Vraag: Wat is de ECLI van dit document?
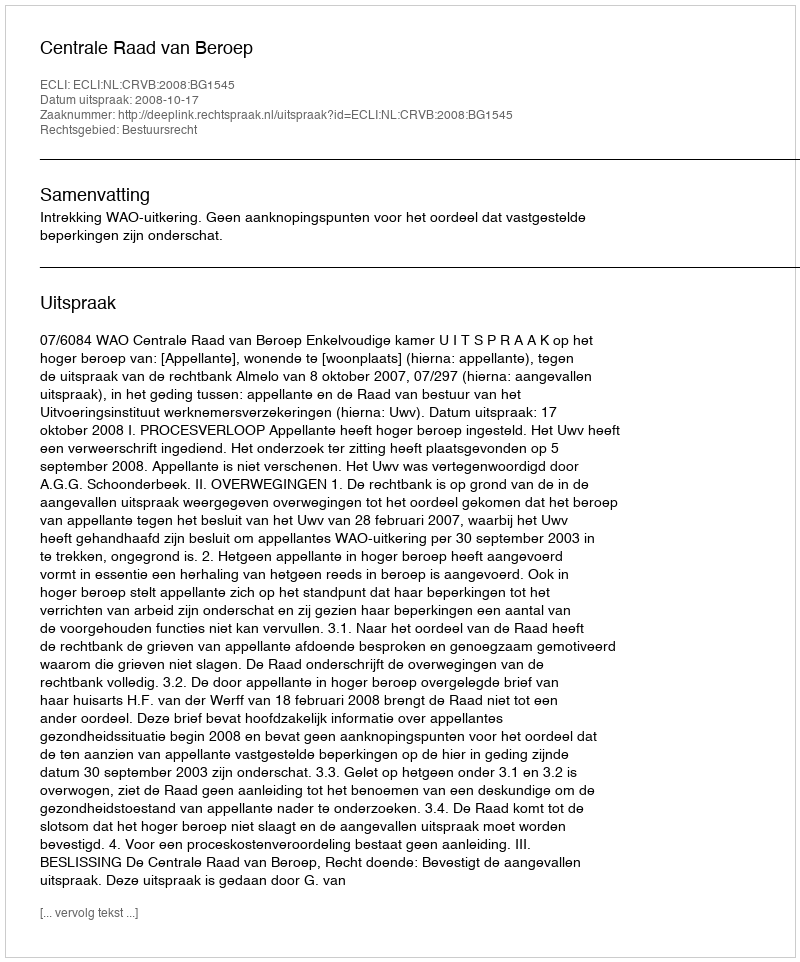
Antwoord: ECLI:NL:CRVB:2008:BG1545